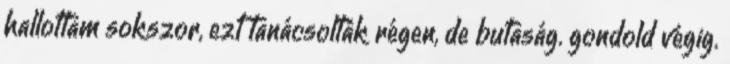
hallottam sokszor, ezt tanácsolták régen, de butaság. gondold végig.